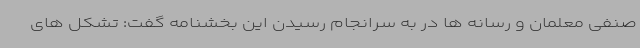
صنفی معلمان و رسانه ها در به سرانجام رسیدن این بخشنامه گفت: تشکل های